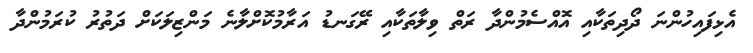
އެޅިފައިހުންނަ ދޯދިތަކާއި އޮއްސެމުންދާ ރަތް ވިލާތަކާއި ރޭގަނޑު އަރާމުކޮށްލާނެ މަންޒިލަކަށް ދަތުރު ކުރަމުންދާ